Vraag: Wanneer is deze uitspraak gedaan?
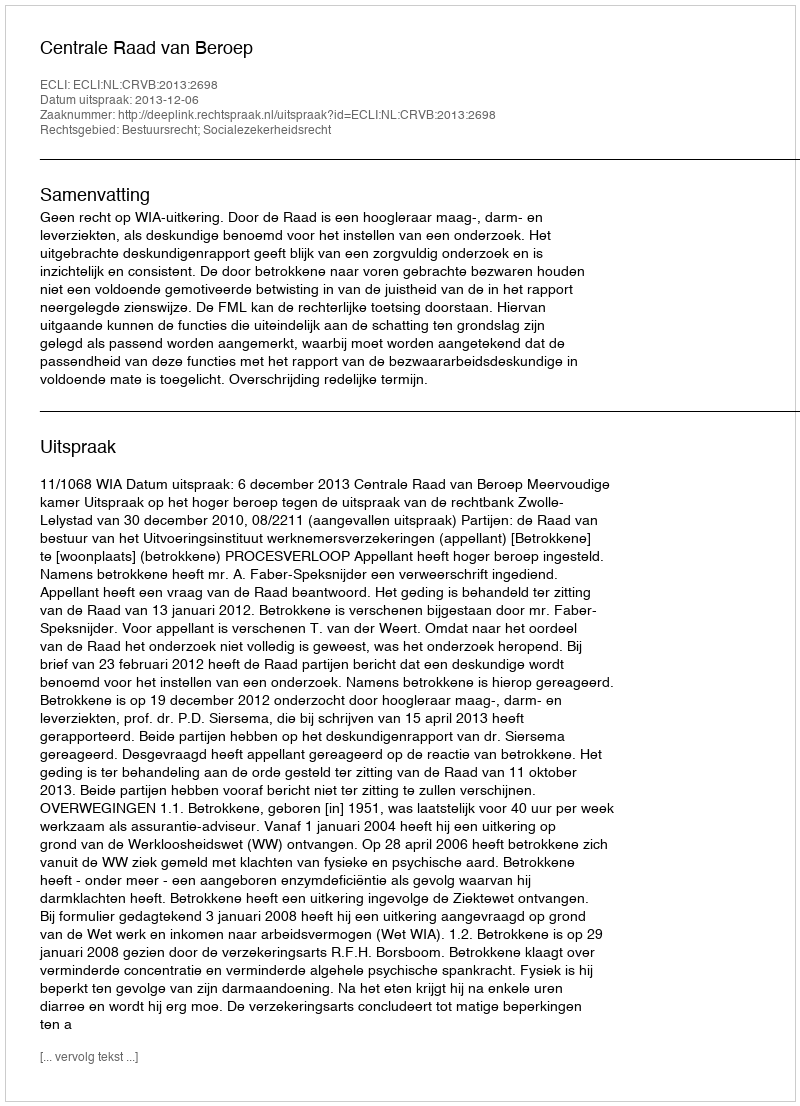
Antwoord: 2013-12-06